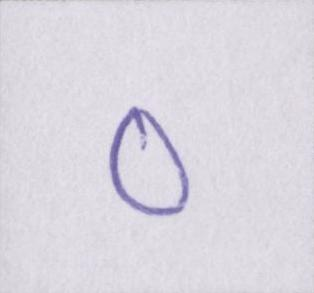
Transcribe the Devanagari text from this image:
०